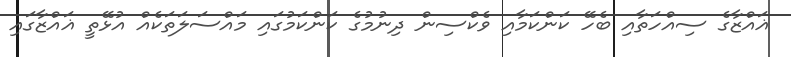
ޣައްޒާގެ ސިއްހަތާއި ބެހޭ ކަންކަމާއި ވެކްސިން ދިނުމުގެ ކަންކަމުގައި މައްސަލަތަކެއް އުޅޭތީ ޣައްޒާގައި